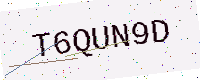
Text: T6QUN9D